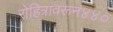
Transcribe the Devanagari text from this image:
रोहित्रावरून४४०